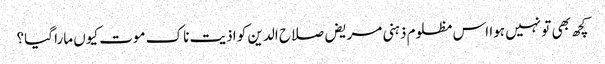
کچھ بھی تو نہیں ہوا اس مظلوم ذہنی مریض صلاح الدین کو اذیت ناک موت کیوں مارا گیا؟